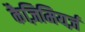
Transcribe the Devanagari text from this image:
कैज़िमियर्ज़